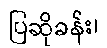
ပြဆိုခန်း၊